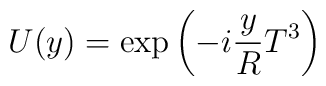
U (y) = \exp \left( -  i \frac{y}{R} T^3 \right)